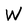
Character: W